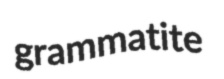
grammatite